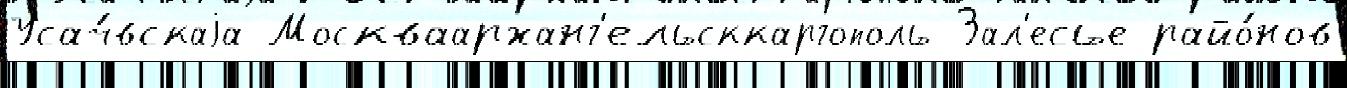
Усач́вскаjа Москваарханг'ельсккаргополь Зал'есье райо́нов